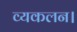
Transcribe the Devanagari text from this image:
व्यकलन।